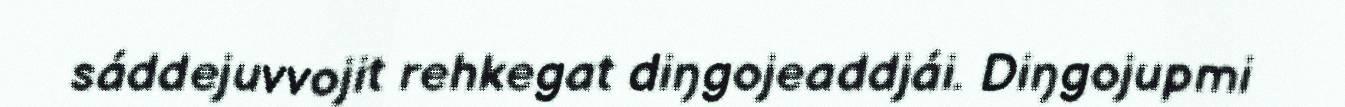
sáddejuvvojit rehkegat diŋgojeaddjái. Diŋgojupmi